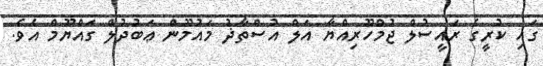
ގައި ކުރީގެ ރައީސުލް ޖުމްހޫރިއްޔާ އަލް އުސްތާޛު މައުމޫން ޢަބުދުލް ގައްޔޫމް އެވެ.